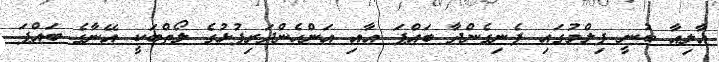
އާލިއާ ބުނީ ފިލްމުގައި ފެނިގެންދާ ބައްޕަ އާއި އަންހެންދަރިފުޅުގެ ލޯތްބަކީ އޭނާގެ ބައްޕަ